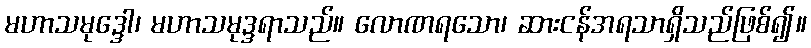
မဟာသမုဒ္ဒေါ၊ မဟာသမုဒ္ဒရာသည်။ လောဏရသော၊ ဆားငန်အရသာရှိသည်ဖြစ်၍။